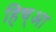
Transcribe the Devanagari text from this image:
हिच्आ